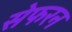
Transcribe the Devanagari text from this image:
सेफरन